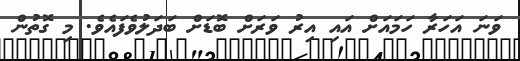
ވަނަ އަހަރާ ހަމައަށް އައި އިރު ވަރަށް ބޮޑަށް ބަދަލުވެފައެވެ. މި ގޮތުން